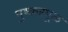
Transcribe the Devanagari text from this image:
पुष्करमूळ